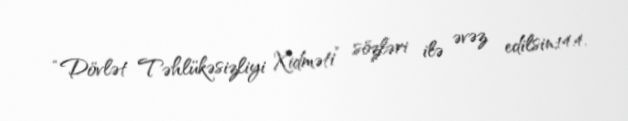
“Dövlət Təhlükəsizliyi Xidməti” sözləri ilə əvəz edilsin;14.4.